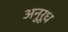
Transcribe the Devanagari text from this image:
अनुरूध